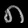
Digit: ၈